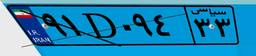
۴۱D۶۶۰۲۵